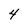
Character: 4